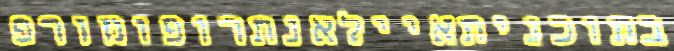
בתוכניתאיילאנתרופומורפ